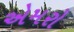
એમરો